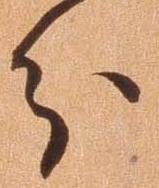
分